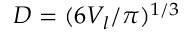
D = ( 6 V _ { l } / \pi ) ^ { 1 / 3 }